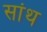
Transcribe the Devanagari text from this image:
सांथ